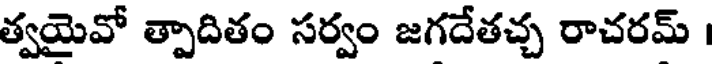
త్వయైవో త్పాదితం సర్వం జగదేతచ్చ రాచరమ్